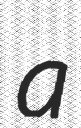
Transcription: a